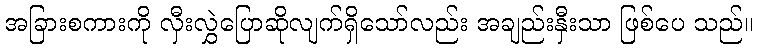
အခြားစကားကို လှီးလွှဲပြောဆိုလျက်ရှိသော်လည်း အချည်းနှီးသာ ဖြစ်ပေ သည်။